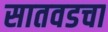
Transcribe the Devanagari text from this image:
सातवडचा